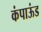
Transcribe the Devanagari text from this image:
कंपाऊंड